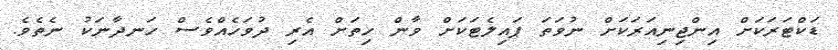
ޑަކްޓަރަކަށް އިންޖިނިއަރަކަށް ނުވަތަ ޕައިލެޓަކަށް ވާން ހިތަށް އެރި ދުވަހެއްވެސް ހަނދާނަކު ނެތެވެ.